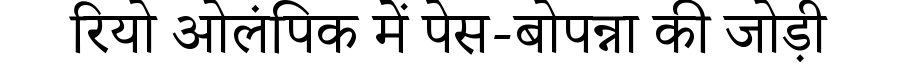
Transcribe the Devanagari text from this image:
रियो ओलंपिक में पेस-बोपन्ना की जोड़ी